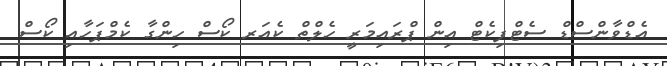
އެޑްވާންސްޑް ސެޓްފިކެޓް އިން ޕްރައިމަރީ ހެލްތް ކެއަރ ކޯސް ހިންގާ ކެމްޕަހާއި ކޯސް